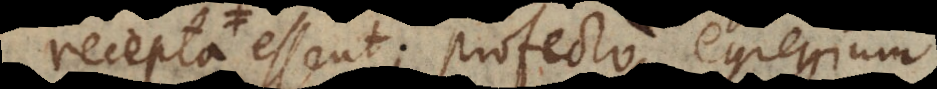
coordinata essent; profecto egregium